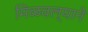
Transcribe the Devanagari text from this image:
मिळवल्याने